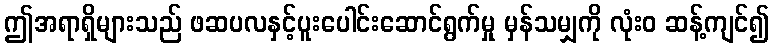
ဤအရာရှိများသည် ဖဆပလနှင့်ပူးပေါင်းဆောင်ရွက်မှု မှန်သမျှကို လုံးဝ ဆန့်ကျင်၍